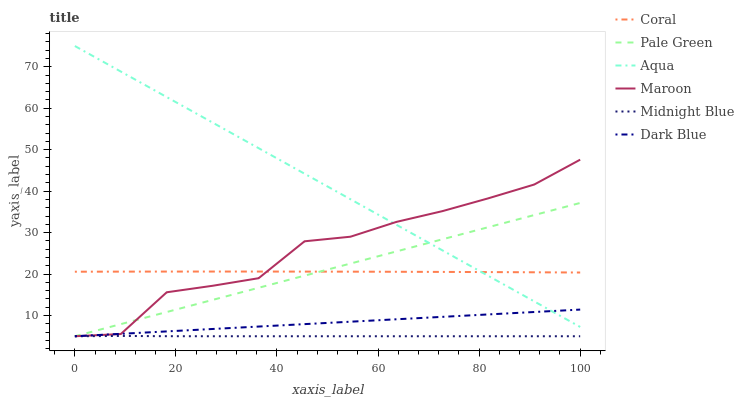
| xaxis_label | Coral | Pale Green | Aqua | Maroon | Midnight Blue | Dark Blue |
 | --- | --- | --- | --- | --- | --- | --- |
 | 0 | 20.6 | 5 | 75 | 5 | 5 | 5 |
 | 9.09 | 20.6 | 7.92 | 68.8 | 5.53 | 5.07 | 5.58 |
 | 18.2 | 20.6 | 10.8 | 62.7 | 15.6 | 5.01 | 6.17 |
 | 27.3 | 20.6 | 13.8 | 56.5 | 17.2 | 5 | 6.75 |
 | 36.4 | 20.6 | 16.7 | 50.4 | 19 | 5 | 7.34 |
 | 45.5 | 20.6 | 19.6 | 44.2 | 27.9 | 5 | 7.92 |
 | 54.5 | 20.6 | 22.5 | 38 | 29 | 5 | 8.51 |
 | 63.6 | 20.6 | 25.5 | 31.9 | 32.6 | 5 | 9.09 |
 | 72.7 | 20.5 | 28.4 | 25.7 | 35.2 | 5 | 9.68 |
 | 81.8 | 20.5 | 31.3 | 19.6 | 38.3 | 5 | 10.3 |
 | 90.9 | 20.4 | 34.2 | 13.4 | 41.6 | 5 | 10.8 |
 | 100 | 20.4 | 37.2 | 7.24 | 47.6 | 5 | 11.4 |